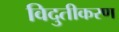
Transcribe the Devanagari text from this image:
विदुतीकरण